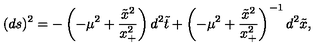
( d s ) ^ { 2 } = - \left( - \mu ^ { 2 } + \frac { \tilde { x } ^ { 2 } } { x _ { + } ^ { 2 } } \right) d ^ { 2 } { \tilde { t } } + \left( - \mu ^ { 2 } + \frac { { \tilde { x } ^ { 2 } } } { x _ { + } ^ { 2 } } \right) ^ { - 1 } d ^ { 2 } { \tilde { x } } ,